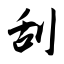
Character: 刮